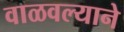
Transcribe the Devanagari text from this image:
वाळवल्याने